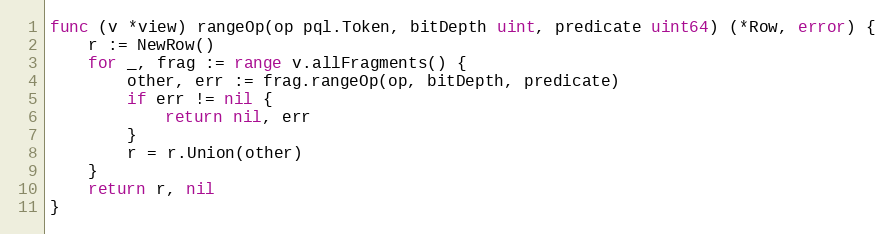
Language: Go
func (v *view) rangeOp(op pql.Token, bitDepth uint, predicate uint64) (*Row, error) {
	r := NewRow()
	for _, frag := range v.allFragments() {
		other, err := frag.rangeOp(op, bitDepth, predicate)
		if err != nil {
			return nil, err
		}
		r = r.Union(other)
	}
	return r, nil
}